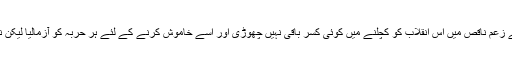
شاہ نے اپنے زعم ناقص میں اس انقلاب کو کچلنے میں کوئی کسر باقی نہیں چھوڑی اور اسے خاموش کرنے کے لئے ہر حربہ کو آزمالیا لیکن نتیجہ کیا ہوا۔